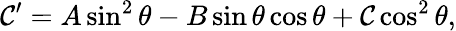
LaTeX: \mathcal{C}^{\prime}=A\sin^{2}\theta-B\sin\theta\cos\theta+\mathcal{C}\cos^{2}\theta,